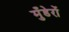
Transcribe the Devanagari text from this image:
मुँडेरों